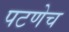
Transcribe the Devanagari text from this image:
पटणेच